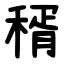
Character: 稰